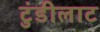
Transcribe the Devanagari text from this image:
टुंडीलाट